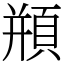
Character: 頩